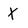
Character: X